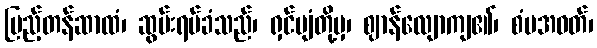
ပြည့်တန်ဆာထံ၊ ဆွမ်းရပ်ခံသည်၊ ရှင်ပျံတို့မှ၊ ဈာန်လျောကျ၏၊ စံပအဝတ်၊